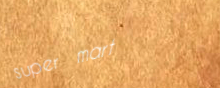
super mart